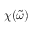
\chi ( \tilde { \omega } )